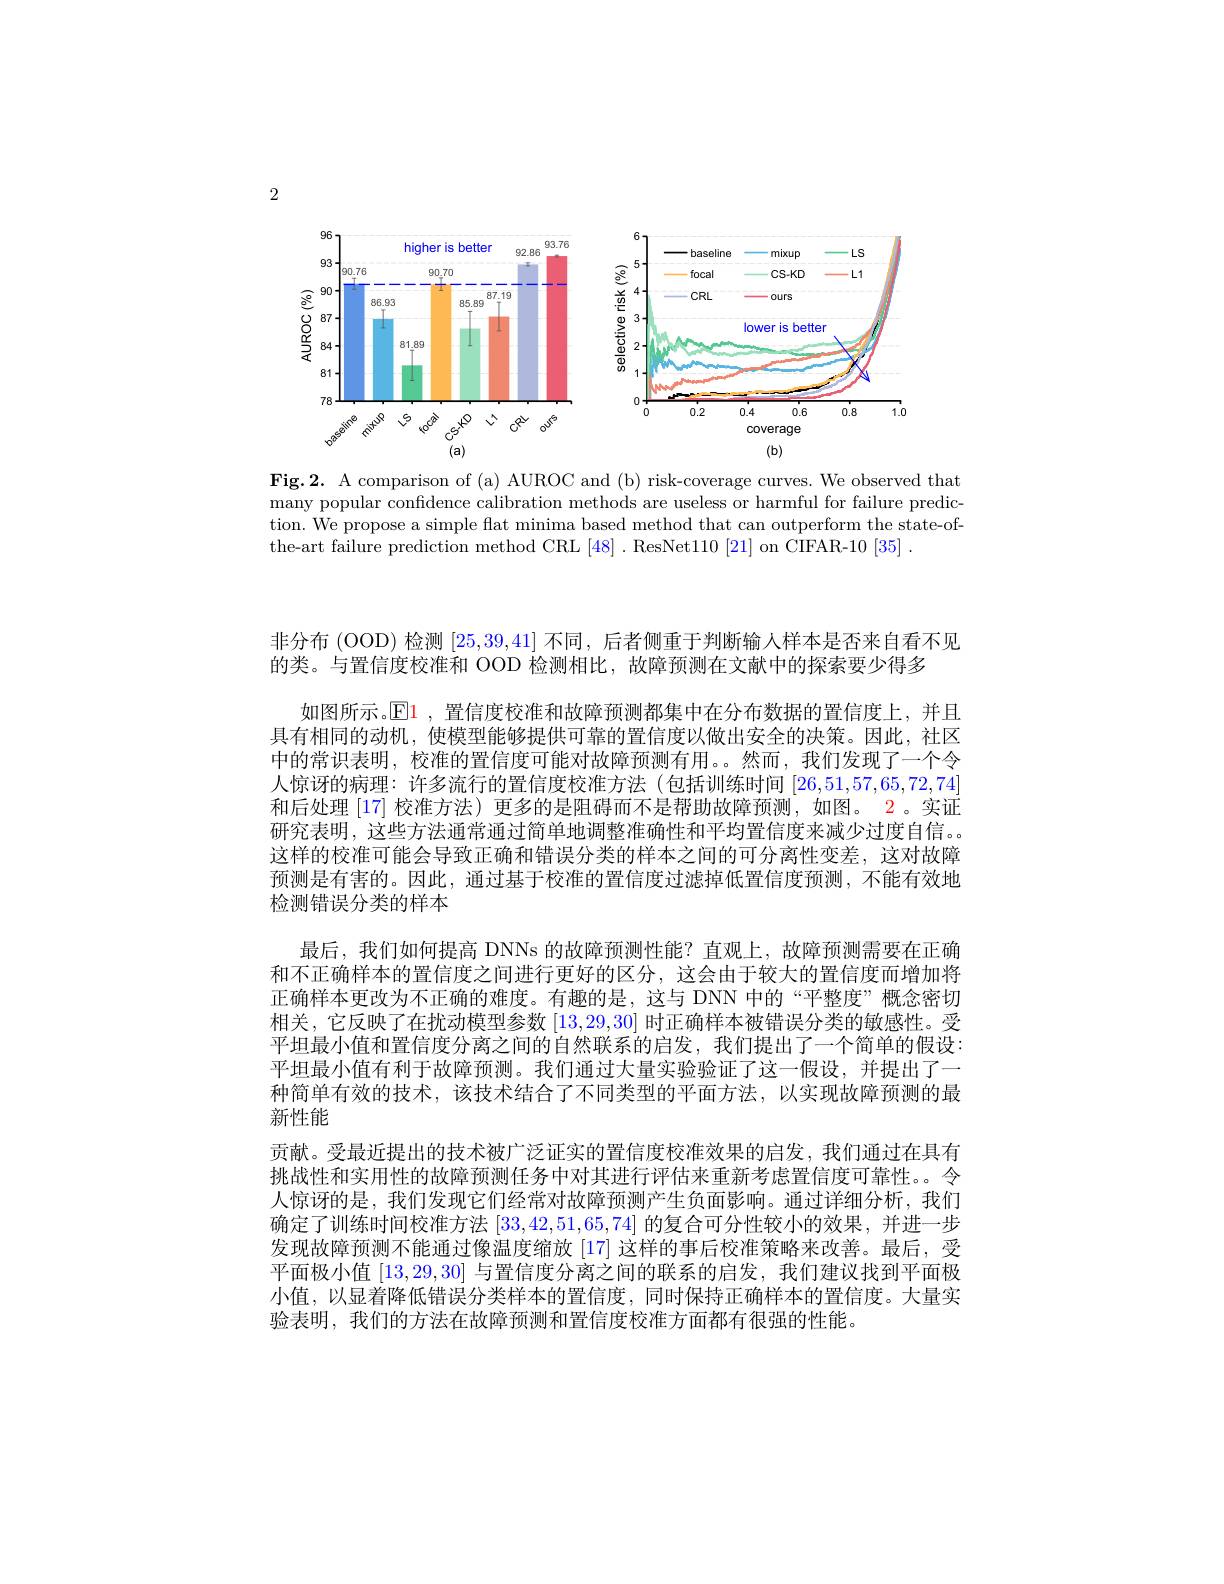
2

<FigureHere>

Fig.2. A comparison of (a) AUROC and (b) risk-coverage curves. We observed that many popular confidence calibration methods are useless or harmful for failure prediction. We propose a simple flat minima based method that can outperform the state-ofthe-art failure prediction method CRL [48] . ResNet110 [21] on CIFAR-10 [35]

非分布 (OOD) 检测[25,39,41]不同，后者侧重于判断输入样本是否来自看不见
的类。与置信度校准和 OOD 检测相比，故障预测在文献中的探索要少得多
如图所示。$\operatorname{El}$,置信度校准和故障预测都集中在分布数据的置信度上，并且具有相同的动机，使模型能够提供可靠的置信度以做出安全的决策。因此，社区中的常识表明，校准的置信度可能对故障预测有用。。然而，我们发现了一个令人惊讶的病理：许多流行的置信度校准方法(包括训练时间[26,51,57,65,72,74] 和后处理 [17] 校准方法) 更多的是阻碍而不是帮助故障预测，如图。2。实证研究表明，这些方法通常通过简单地调整准确性和平均置信度来减少过度自信。这样的校准可能会导致正确和错误分类的样本之间的可分离性变差，这对故障预测是有害的。因此，通过基于校准的置信度过滤掉低置信度预测，不能有效地检测错误分类的样本
最后，我们如何提高 DNNs 的故障预测性能？直观上，故障预测需要在正确和不正确样本的置信度之间进行更好的区分，这会由于较大的置信度而增加将正确样本更改为不正确的难度。有趣的是，这与 DNN 中的“平整度”概念密切相关，它反映了在扰动模型参数[13,29,30]时正确样本被错误分类的敏感性。受平坦最小值和置信度分离之间的自然联系的启发，我们提出了一个简单的假设： 平坦最小值有利于故障预测。我们通过大量实验验证了这一假设，并提出了一种简单有效的技术，该技术结合了不同类型的平面方法，以实现故障预测的最新性能
贡献。受最近提出的技术被广泛证实的置信度校准效果的启发，我们通过在具有挑战性和实用性的故障预测任务中对其进行评估来重新考虑置信度可靠性。。令人惊讶的是，我们发现它们经常对故障预测产生负面影响。通过详细分析，我们确定了训练时间校准方法[33,42,51,65,74]的复合可分性较小的效果，并进一步发现故障预测不能通过像温度缩放 [17] 这样的事后校准策略来改善。最后，受平面极小值[13,29,30]与置信度分离之间的联系的启发，我们建议找到平面极小值，以显着降低错误分类样本的置信度，同时保持正确样本的置信度。大量实验表明，我们的方法在故障预测和置信度校准方面都有很强的性能。